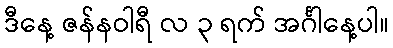
ဒီနေ့ ဇန်နဝါရီ လ ၃ ရက် အင်္ဂါနေ့ပါ။